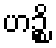
ဟဉ္စိ